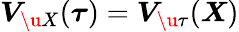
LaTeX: \boldsymbol{V}_{\u{X}}(\boldsymbol{\tau})=\boldsymbol{V}_{\u{\tau}}(\boldsymbol{X})